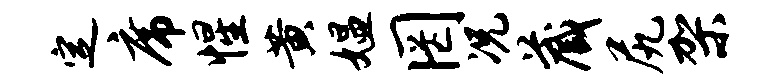
定席惺黄媪罔况藏尻架